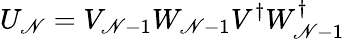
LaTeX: U_{\mathscr{N}}=V_{\mathscr{N}-1}W_{\mathscr{N}-1}V^{\dagger}W_{\mathscr{N}-1}^{\dagger}